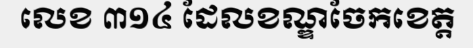
លេខ ៣១៤ ដែលខណ្ឌចែកខេត្ត